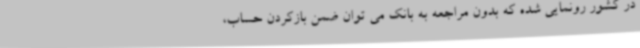
در کشور رونمایی شده که بدون مراجعه به بانک می توان ضمن بازکردن حساب،